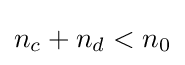
n_{c}+n_{d}<n_{0}